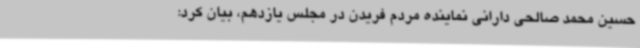
حسین محمد صالحی دارانی نماینده مردم فریدن در مجلس یازدهم، بیان کرد: